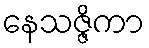
နေသဇ္ဇိကာ